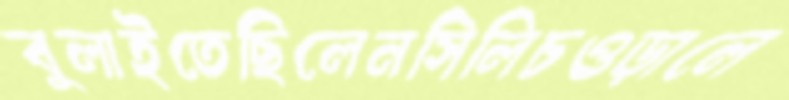
বুলাইতেছিলেনসিলিচওড়ালে